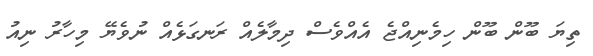
ތިޔަ ބޫން ބޫން ހިމެނިއްޖެ އެއްވެސް ދިމާލެއް ރަނގަޅެއް ނުވެޔޭ މިހާރު ނިއު